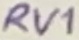
Text: RV1